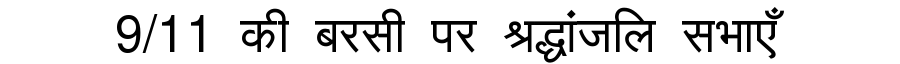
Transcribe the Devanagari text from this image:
9/11 की बरसी पर श्रद्धांजलि सभाएँ